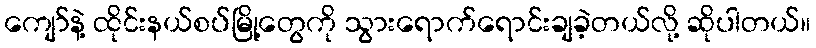
ကျော်နဲ့ ထိုင်းနယ်စပ်မြို့တွေကို သွားရောက်ရောင်းချခဲ့တယ်လို့ ဆိုပါတယ်။